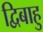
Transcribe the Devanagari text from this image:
द्विबाहु